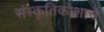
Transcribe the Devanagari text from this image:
संस्कृतिकोशाचे